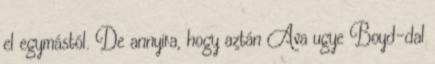
el egymástól. De annyira, hogy aztán Ava ugye Boyd-dal